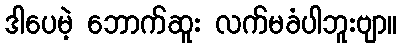
ဒါပေမဲ့ ဘောက်ဆူး လက်မခံပါဘူးဗျာ။